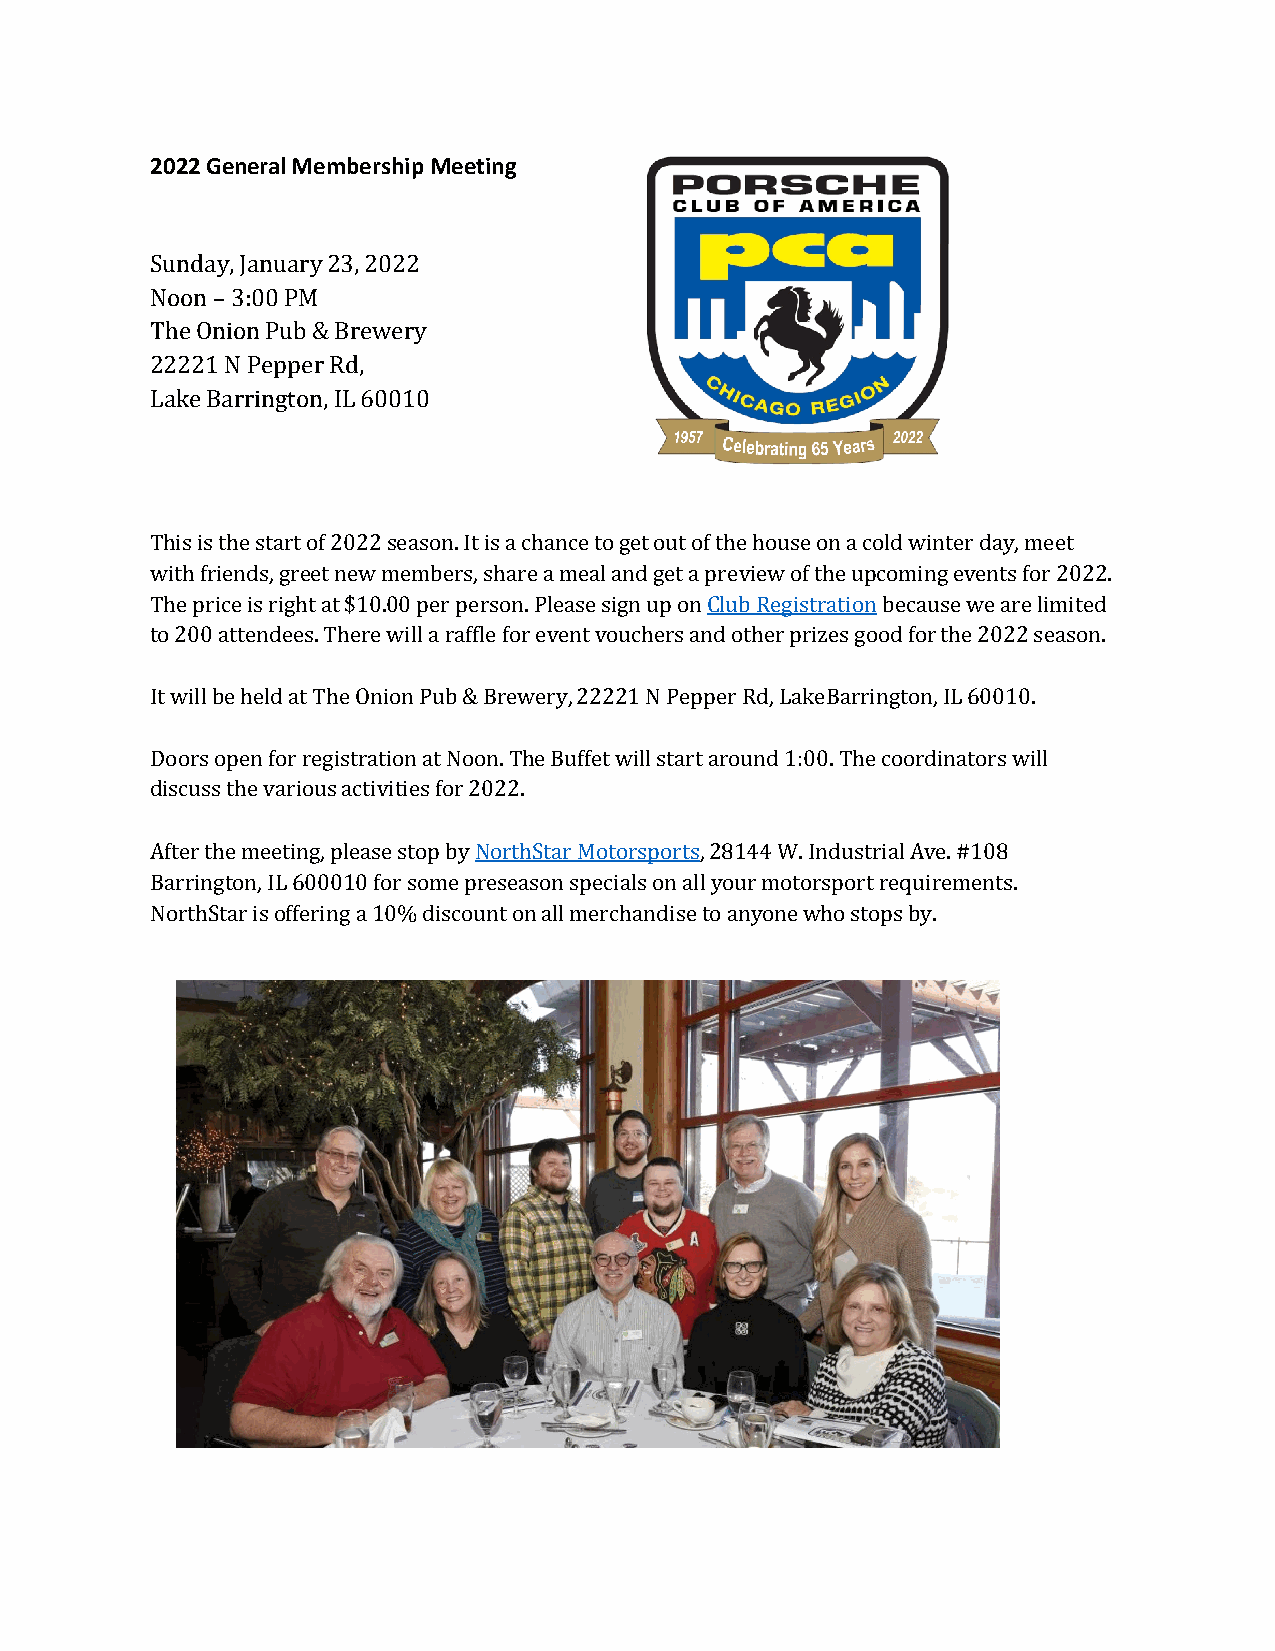
2022 General Membership Meeting
 Sunday, January 23, 2022
 Noon – 3:00 PM
 The Onion Pub & Brewery
 22221 N Pepper Rd,
 Lake Barrington, IL 60010
 This is the start of 2022 season. It is a chance to get out of the house on a cold winter day, meet
 with friends, greet new members, share a meal and get a preview of the upcoming events for 2022.
 The price is right at $10.00 per person. Please sign up on Club Registration because we are limited
 to 200 attendees. There will a raffle for event vouchers and other prizes good for the 2022 season.
 It will be held at The Onion Pub & Brewery, 22221 N Pepper Rd, Lake Barrington, IL 60010.
 Doors open for registration at Noon. The Buffet will start around 1:00. The coordinators will
 discuss the various activities for 2022.
 After the meeting, please stop by NorthStar Motorsports, 28144 W. Industrial Ave. #108
 Barrington, IL 600010 for some preseason specials on all your motorsport requirements.
 NorthStar is offering a 10% discount on all merchandise to anyone who stops by.